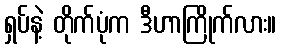
ရှပ်နဲ့ တိုက်ပုံက ဒီဟာကြိုက်လား။